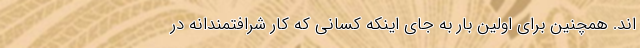
اند. همچنین برای اولین بار به جای اینکه کسانی که کار شرافتمندانه در